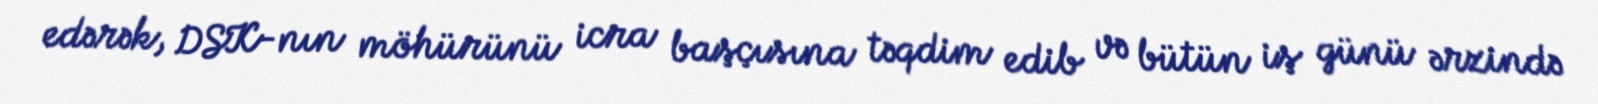
edərək, DSK-nın möhürünü icra başçısına təqdim edib və bütün iş günü ərzində